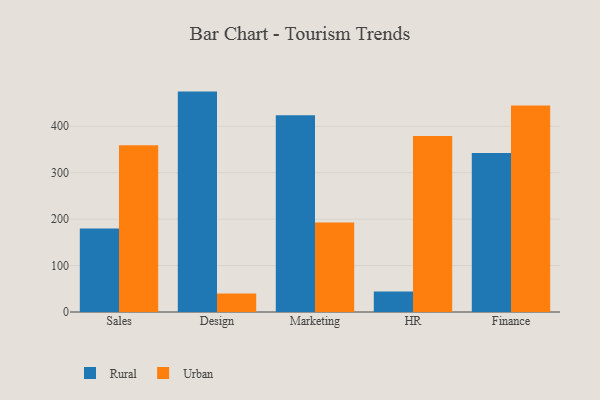
{"axis": {"x": "Department", "y": "Shipments"}, "legend": ["Rural", "Urban"], "data": [{"x": "Sales", "y": 179.7, "type": "Rural"}, {"x": "Sales", "y": 359.1, "type": "Urban"}, {"x": "Design", "y": 474.7, "type": "Rural"}, {"x": "Design", "y": 40.0, "type": "Urban"}, {"x": "Marketing", "y": 423.8, "type": "Rural"}, {"x": "Marketing", "y": 192.9, "type": "Urban"}, {"x": "HR", "y": 44.1, "type": "Rural"}, {"x": "HR", "y": 379.0, "type": "Urban"}, {"x": "Finance", "y": 342.7, "type": "Rural"}, {"x": "Finance", "y": 444.9, "type": "Urban"}]}